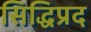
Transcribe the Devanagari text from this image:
सिद्धिप्रद